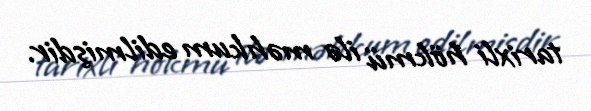
tarixli hökmü ilə məhkum edilmişdir.